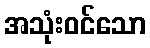
အသုံးဝင်သော